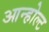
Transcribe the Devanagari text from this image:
आन्होल्ट